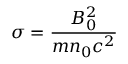
\displaystyle \sigma = \frac { B _ { 0 } ^ { 2 } } { m n _ { 0 } c ^ { 2 } }